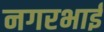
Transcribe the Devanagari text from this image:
नगरभाई